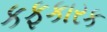
કફકારક